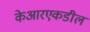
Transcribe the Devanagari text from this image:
केआरएकडील